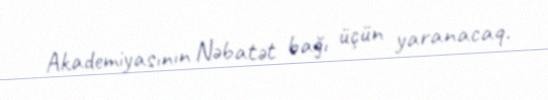
Akademiyasının Nəbatət bağı üçün yaranacaq.